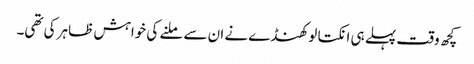
کچھ وقت پہلے ہی انکتا لوکھنڈے نے ان سے ملنے کی خواہش ظاہر کی تھی۔